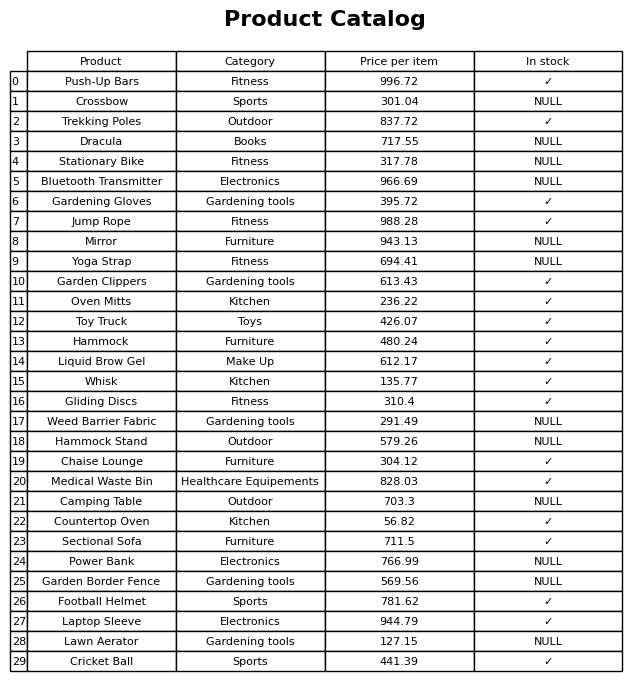
question: What is the price of the Mirror?
answer: The price of Mirror is 943.13.